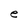
Character: e